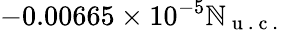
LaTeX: -0.00665\times10^{-5}\mathbb{N}_{\mathrm{{~u~.~c~.~}}}